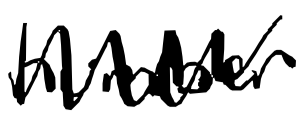
Text: number
Cross-out: zig-zag
Writing tool: digital_black